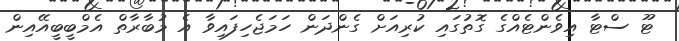
ޓޫ ސްޓާ އިވެންޓެއްގެ ގޮތުގައި ކުރިއަށް ގެންދަން ހަމަޖެހިފައިވާ އެ މުބާރާތް އެމްބީބީއޭއިން